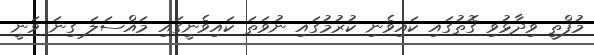
މުފްތީ ވިދާޅުވި ގޮތުގައި ކައިވެނި ކުރުމުގައި ނުވަތަ ކައިވެނީގައި މައްސަލަ ގިނަ ވަނީ